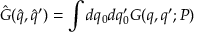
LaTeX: { \hat { G } } ( { \hat { q } } , { \hat { q } } ^ { \prime } ) = \int { d q _ { 0 } d q _ { 0 } ^ { \prime } } G ( q , q ^ { \prime } ; P )